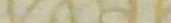
UNDER NEW MGMT